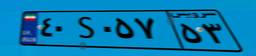
۴۰S۰۵۷۵۳